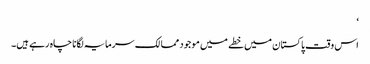
‘
اس وقت پاکستان میں خطے میں موجود ممالک سرمایہ لگانا چاہ رہے ہیں۔